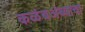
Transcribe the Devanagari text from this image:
कळंबअंब्याचा